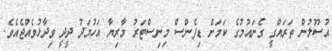
އުސޫލުން ތަރައްގީ ގެނައުމުގެ ކަމަށް ޑިފެންސް މިނިސްޓަރު މާރިޔާ އަހުމަދު ދީދީ ވިދާޅުވެއްޖެއެވެ.